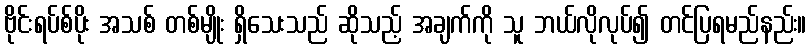
ဗိုင်းရပ်စ်ပိုး အသစ် တစ်မျိုး ရှိသေးသည် ဆိုသည့် အချက်ကို သူ ဘယ်လိုလုပ်၍ တင်ပြရမည်နည်း။